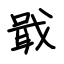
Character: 戢